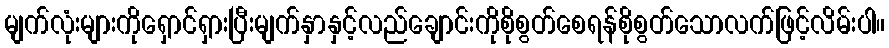
မျက်လုံးများကိုရှောင်ရှားပြီးမျက်နှာနှင့်လည်ချောင်းကိုစိုစွတ်စေရန်စိုစွတ်သောလက်ဖြင့်လိမ်းပါ။